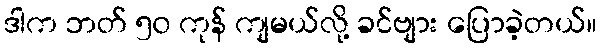
ဒါက ဘတ် ၅၀ ကုန် ကျမယ်လို့ ခင်ဗျား ပြောခဲ့တယ်။